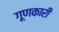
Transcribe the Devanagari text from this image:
गूणकारी